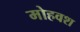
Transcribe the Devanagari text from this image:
मोहवश